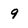
Character: 9